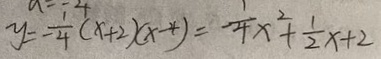
y = - \frac { 1 } { 4 } ( x + 2 ) ( x - 4 ) = \frac { 1 } { 4 } x ^ { 2 } + \frac { 1 } { 2 } x + 2